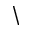
\backslash